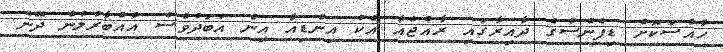
ހާއްސަކޮށް ޑިފެންސްގެ ދާއިރާގައި ރާއްޖެއާ އެކު އިންޑިއާ އިން އަބަދުވެސް އެއްބާރުލުން ދޭނެ